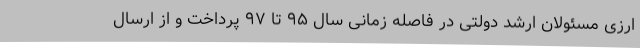
ارزی مسئولان ارشد دولتی در فاصله زمانی سال ۹۵ تا ۹۷ پرداخت و از ارسال